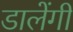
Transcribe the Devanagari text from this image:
डालेंगी